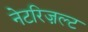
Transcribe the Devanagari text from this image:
नेटरिज़ल्ट